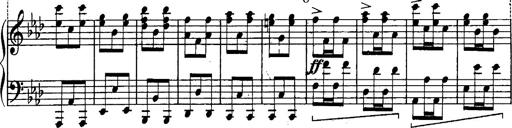
Title: Schubert's Impromptus [revised and edited by Franz Liszt]
Composer: Franz Liszt